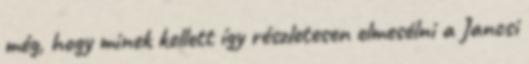
még, hogy minek kellett így részletesen elmesélni a Jancsi